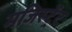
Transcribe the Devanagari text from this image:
मजिस्ट्रेंट